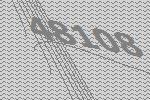
48108